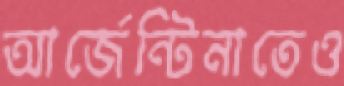
আর্জেন্টিনাতেও